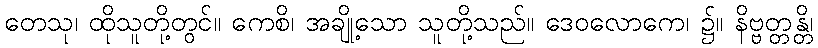
တေသု၊ ထိုသူတို့တွင်။ ကေစိ၊ အချို့သော သူတို့သည်။ ဒေဝလောကေ၊ ၌။ နိဗ္ဗတ္တန္တိ၊